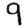
Digit: 9